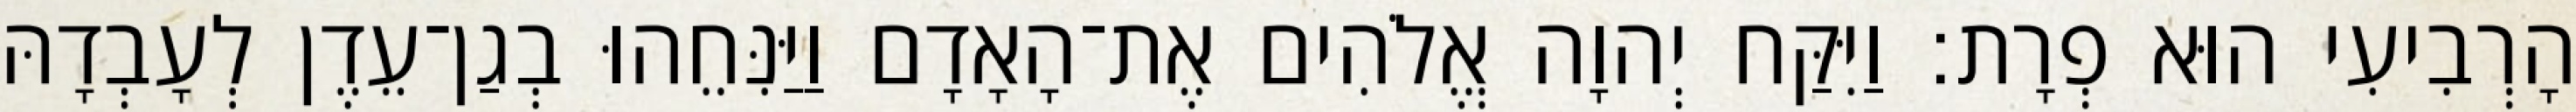
הָרְבִיעִי הוּא פְרָת׃ וַיִּקַּח יְהוָה אֱלֹהִים אֶת־הָאָדָם וַיַּנִּחֵהוּ בְגַן־עֵדֶן לְעָבְדָהּ